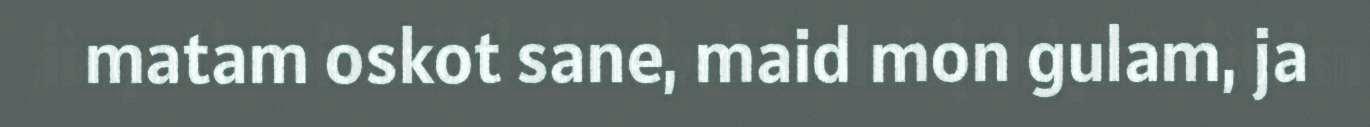
matam oskot sane, maid mon gulam, ja